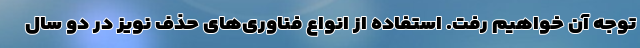
توجه آن خواهیم رفت. استفاده از انواع فناوری‌های حذف نویز در دو سال